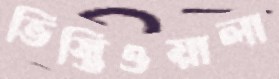
ভিস্তিওয়ালা